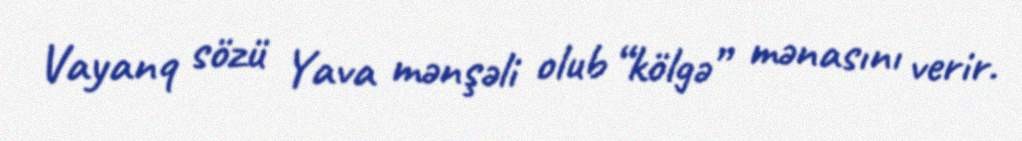
Vayanq sözü Yava mənşəli olub “kölgə” mənasını verir.